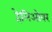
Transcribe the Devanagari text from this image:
हेलिओवर